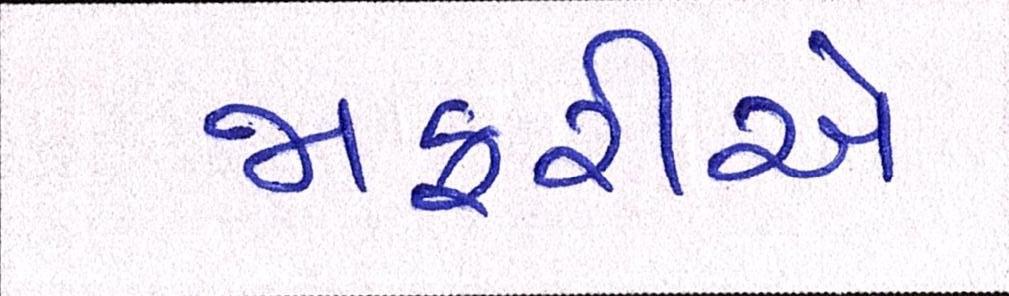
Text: જાફરીએ